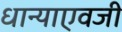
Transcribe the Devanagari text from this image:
धान्याएवजी